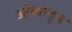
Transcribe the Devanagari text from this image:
ओव्यातून